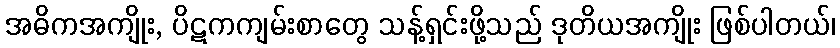
အဓိကအကျိုး, ပိဋကကျမ်းစာတွေ သန့်ရှင်းဖို့သည် ဒုတိယအကျိုး ဖြစ်ပါတယ်၊